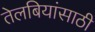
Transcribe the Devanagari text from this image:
तेलबियांसाठी